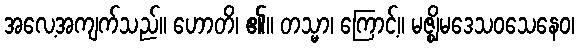
အလေ့အကျက်သည်။ ဟောတိ၊ ၏။ တသ္မာ၊ ကြောင့်။ မဇ္ဈိမဒေသဝသေနေဝ၊